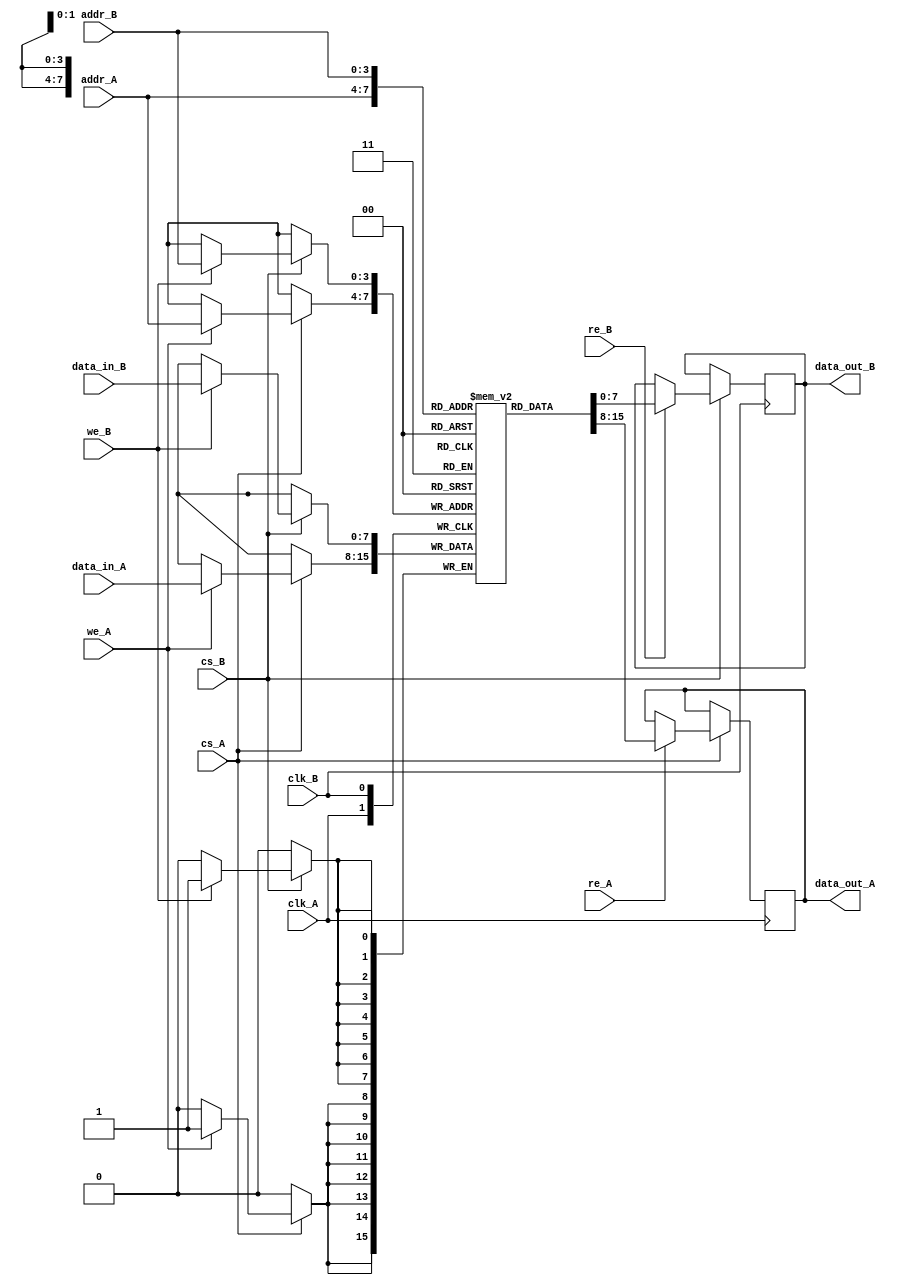
module dual_port_sram #(
    parameter DATA_WIDTH = 8,    // Data width (bits)
    parameter ADDR_WIDTH = 4,    // Address width (bits)
    parameter MEMORY_DEPTH = 1 << ADDR_WIDTH // Memory depth based on address width
) (
    input  wire clk_A,            // Clock for port A
    input  wire clk_B,            // Clock for port B
    input  wire cs_A,             // Chip select for port A
    input  wire cs_B,             // Chip select for port B
    input  wire we_A,             // Write enable for port A
    input  wire we_B,             // Write enable for port B
    input  wire re_A,             // Read enable for port A
    input  wire re_B,             // Read enable for port B
    input  wire [ADDR_WIDTH-1:0] addr_A, // Address for port A
    input  wire [ADDR_WIDTH-1:0] addr_B, // Address for port B
    input  wire [DATA_WIDTH-1:0] data_in_A, // Data input for port A
    input  wire [DATA_WIDTH-1:0] data_in_B, // Data input for port B
    output reg [DATA_WIDTH-1:0] data_out_A, // Data output for port A
    output reg [DATA_WIDTH-1:0] data_out_B  // Data output for port B
);

    // Declare the memory array
    reg [DATA_WIDTH-1:0] memory [0:MEMORY_DEPTH-1];

    // Port A Operations
    always @(posedge clk_A) begin
        if (cs_A) begin
            if (we_A) begin
                // Write Operation for Port A
                memory[addr_A] <= data_in_A;
            end
            if (re_A) begin
                // Read Operation for Port A
                data_out_A <= memory[addr_A];
            end
        end
    end

    // Port B Operations
    always @(posedge clk_B) begin
        if (cs_B) begin
            if (we_B) begin
                // Write Operation for Port B
                memory[addr_B] <= data_in_B;
            end
            if (re_B) begin
                // Read Operation for Port B
                data_out_B <= memory[addr_B];
            end
        end
    end

    // Initialization of memory (optional)
    integer i;
    initial begin
        for (i = 0; i < MEMORY_DEPTH; i = i + 1) begin
            memory[i] = 0; // Initialize memory to zero
        end
    end

endmodule